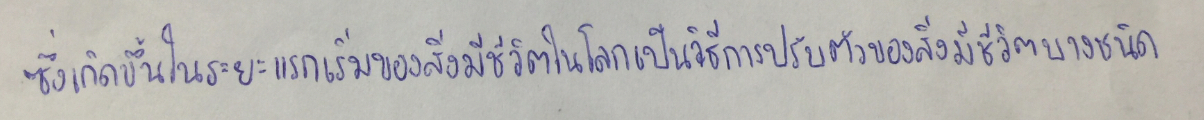
ซึ่งเกิดขึ้นในระยะแรกเริ่มของสิ่งมีชีวิตในโลกเป็นวิธีการปรับตัวของสิ่งมีชีวิตบางชนิด